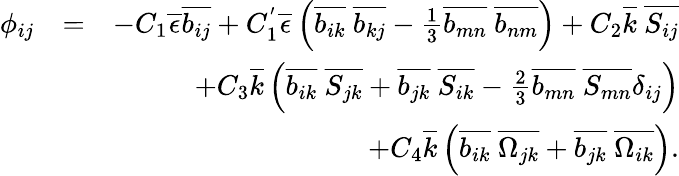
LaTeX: \begin{array}{rlr}{\phi_{ij}}&{=}&{-C_{1}\overline{{\epsilon}}\overline{{b_{ij}}}+C_{1}^{'}\overline{{\epsilon}}\left(\overline{{b_{ik}}}\ \overline{{b_{kj}}}-\frac{1}{3}\overline{{b_{mn}}}\ \overline{{b_{nm}}}\right)+C_{2}\overline{{k}}\ \overline{{S_{ij}}}}\\ &{}&{+C_{3}\overline{{k}}\left(\overline{{b_{ik}}}\ \overline{{S_{jk}}}+\overline{{b_{jk}}}\ \overline{{S_{ik}}}-\frac{2}{3}\overline{{b_{mn}}}\ \overline{{S_{mn}}}\delta_{ij}\right)}\\ &{}&{+C_{4}\overline{{k}}\left(\overline{{b_{ik}}}\ \overline{{\Omega_{jk}}}+\overline{{b_{jk}}}\ \overline{{\Omega_{ik}}}\right).}\end{array}